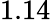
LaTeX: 1.14